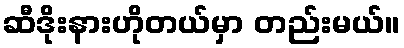
ဆီဒိုးနားဟိုတယ်မှာ တည်းမယ်။